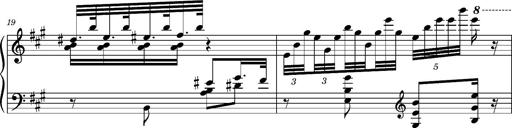
Title: Ungarischer Romanzero
Composer: Franz Liszt